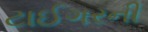
ટાઈગરની